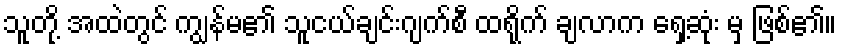
သူတို့ အထဲတွင် ကျွန်မ၏ သူငယ်ချင်းဂျက်စီ ထရိုက် ချလာက ရှေ့ဆုံး မှ ဖြစ်၏။